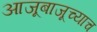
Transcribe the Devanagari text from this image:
आजूबाजूच्याच